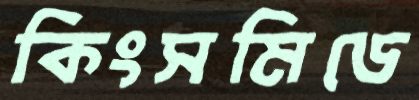
কিংসমিডে